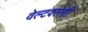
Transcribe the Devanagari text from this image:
वेल्टक्लेसी